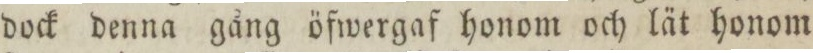
dock denna gång öfwergaf honom och lät honom